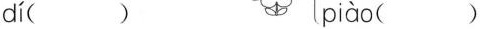
dí( ) piào( )